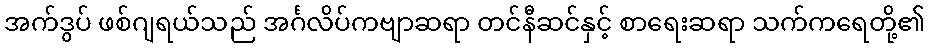
အက်ဒွပ် ဖစ်ဂျရယ်သည် အင်္ဂလိပ်ကဗျာဆရာ တင်နီဆင်နှင့် စာရေးဆရာ သက်ကရေတို့၏